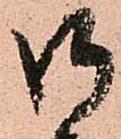
御